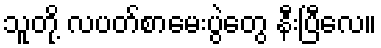
သူတို့ လပတ်စာမေးပွဲတွေ နီးပြီလေ။